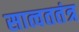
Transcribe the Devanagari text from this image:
सात्वततंत्र